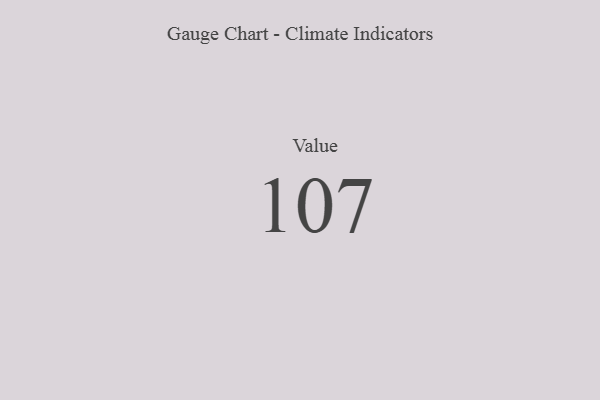
{"axis": {"x": "Metric", "y": "Value"}, "legend": [""], "data": [{"x": "Value", "y": 107, "type": ""}]}